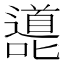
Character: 㘏